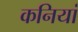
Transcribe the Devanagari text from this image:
कनियां